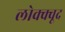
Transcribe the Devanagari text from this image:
लोक्क्वूद